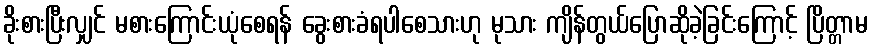
ခိုးစားပြီးလျှင် မစားကြောင်းယုံစေရန် ခွေးစားခံရပါစေသားဟု မုသား ကျိန်တွယ်ပြောဆိုခဲ့ခြင်းကြောင့် ပြိတ္တာမ